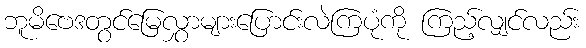
ဘူမိဗေဒတွင်မြေလွှာများပြောင်းလဲကြပုံကို ကြည့်လျှင်လည်း